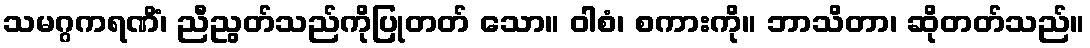
သမဂ္ဂကရဏိံ၊ ညီညွတ်သည်ကိုပြုတတ် သော။ ဝါစံ၊ စကားကို။ ဘာသိတာ၊ ဆိုတတ်သည်။